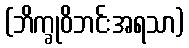
(ဘိက္ခုဝိဘင်းအရသာ)